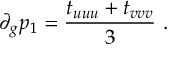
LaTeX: \partial _ { g } p _ { 1 } = { \frac { t _ { u u u } + t _ { v v v } } { 3 } } \ .